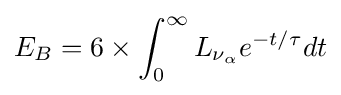
E_{B}=6\times \int _{0}^{\infty }L_{\nu _{\alpha }}e^{-t/\tau }dt